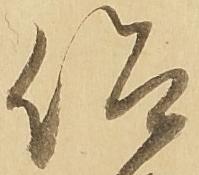
仰